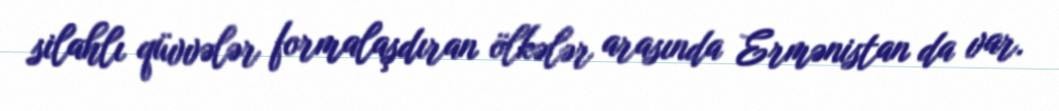
silahlı qüvvələr formalaşdıran ölkələr arasında Ermənistan da var.